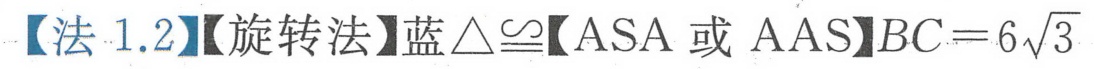
【法1.2】【旋转法】蓝$\triangle\cong$【ASA或AAS】$BC = 6\sqrt{3}$